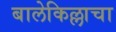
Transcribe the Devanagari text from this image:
बालेकिल्लाचा